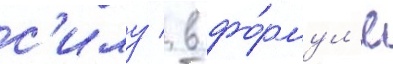
с'илу / в фо́рмул'е